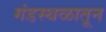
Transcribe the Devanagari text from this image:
गंडस्थळातून